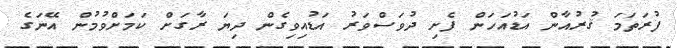
ފުރަތަމަ ޤުރުއާން އަޑުއަހަން ފެށި ދުވަސްވަރު އަޑުއިވިގެން ދިޔަ ރާގަށް ކަމަށްވުމުން އޭނަގެ